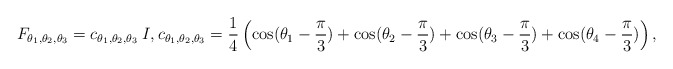
\begin{align*}F_{\theta_1, \theta_2, \theta_3} &= c_{\theta_1, \theta_2, \theta_3} \: I ,c_{\theta_1, \theta_2, \theta_3} = \frac{1}{4}\left(\cos(\theta_1-\frac{\pi}{3}) + \cos(\theta_2-\frac{\pi}{3}) + \cos(\theta_3-\frac{\pi}{3}) + \cos(\theta_4-\frac{\pi}{3})\right), \end{align*}